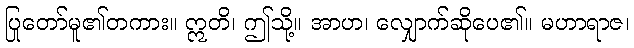
ပြုတော်မူ၏တကား။ ဣတိ၊ ဤသို့။ အာဟ၊ လျှောက်ဆိုပေ၏။ မဟာရာဇ၊